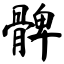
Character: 髀